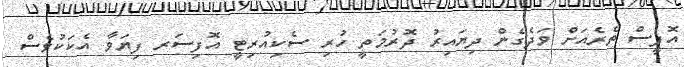
އޮފީސް ތެރެއަށް ވަދެގެން ދިޔައިރު ދޮރުމަތީ ހުރި ސެކިއުރިޓީ އޮފިސަރ ފިޔަވާ އެކަކުވެސް